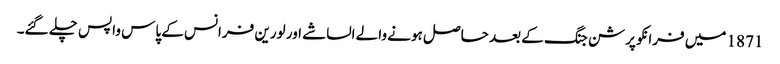
1871 میں فرانکو پرشن جنگ کے بعد حاصل ہونے والے الساشے اور لورین فرانس کے پاس واپس چلے گئے۔